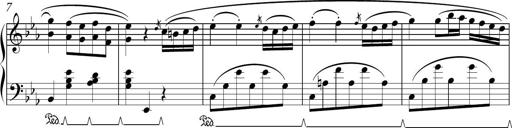
Title: Sonatina in E minor
Composer: Shuwen Zhang
Key: E minor